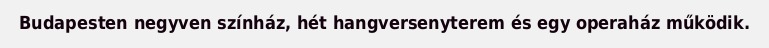
Budapesten negyven színház, hét hangversenyterem és egy operaház működik.